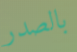
بالصدر